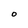
Character: O